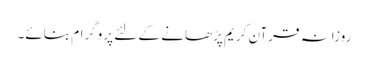
روزانہ قرآن کریم پڑھانے کے لئے پروگرام بنائے۔